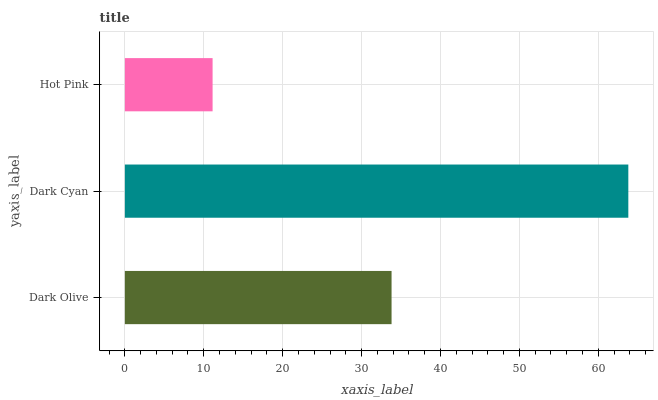
| yaxis_label | bars |
 | --- | --- |
 | Dark Olive | 33.8 |
 | Dark Cyan | 63.8 |
 | Hot Pink | 11.1 |